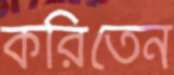
করিতেন